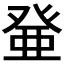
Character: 𰤐